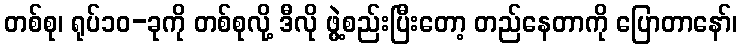
တစ်စု၊ ရုပ်၁၀-ခုကို တစ်စုလို့ ဒီလို ဖွဲ့စည်းပြီးတော့ တည်နေတာကို ပြောတာနော်၊